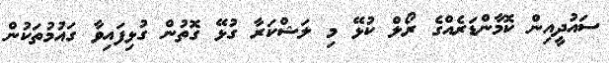
ސައުދީއިން ކޮމާންޑަރެއްގެ ރޯލް ކުޅޭ މި ލަޝްކަރާ ގުޅޭ ގޮތުން ގުޅިފައިވާ ގައުމުތަކުން